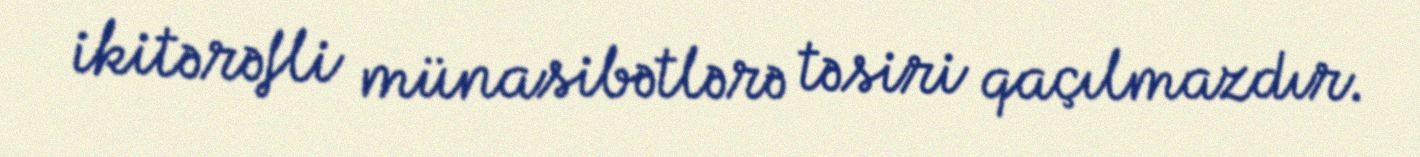
ikitərəfli münasibətlərə təsiri qaçılmazdır.